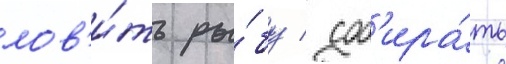
лов'и́ть ры́бу / соб'ира́ть